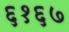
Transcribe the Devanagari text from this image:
६१६७